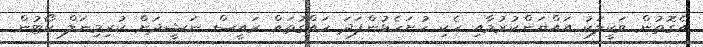
އެގޮތުން ވަކީލަކު އައްޔަންކުރުމާއި ހެކި ހުށަހެޅުންފަދަ ހައްގުތައް ރައީސް ނަޝީދަށް ކުރިމިނަލް ކޯޓުން